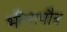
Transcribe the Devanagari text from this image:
भीमापौत्र